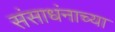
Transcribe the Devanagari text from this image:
संसाधंनाच्या